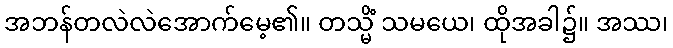
အဘန်တလဲလဲအောက်မေ့၏။ တသ္မိံ သမယေ၊ ထိုအခါ၌။ အဿ၊